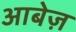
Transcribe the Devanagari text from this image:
आबेज़